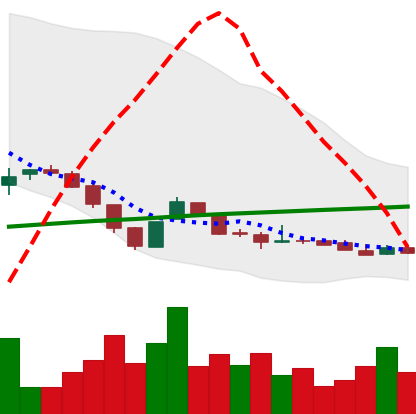
Ticker: DOGE-USD
Chart end date: 2018-11-07
Forward return: -15.755%
Label: down_7plus